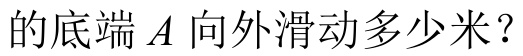
的底端\(A\)向外滑动多少米？